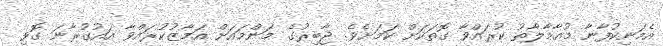
އެމަނިކުފާނާ މުއާމާލާތު ކުރައްވާ ގޮތަކަށް ކަމަށެވެ. ޖާބިރުގެ މަންމައަށް އަމާޒުކުރައްވާ އައުގުރާނަ ގޮވި